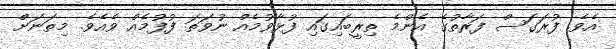
އެވެ. ފުރަގަސް ފަރާތުގެ އެންމެ ތިރީބައިގައި ފުޅާވުމެއް ނުވަތަ ފުފުމެއް ވެއެވެ. މިތަނަށް